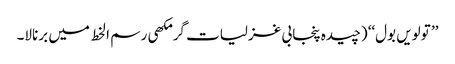
’’ تولویں بول‘‘ (چیدہ پنجابی غزلیات گرمکھی رسم ا لخط میں برنالا۔